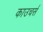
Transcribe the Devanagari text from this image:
काउचर्स